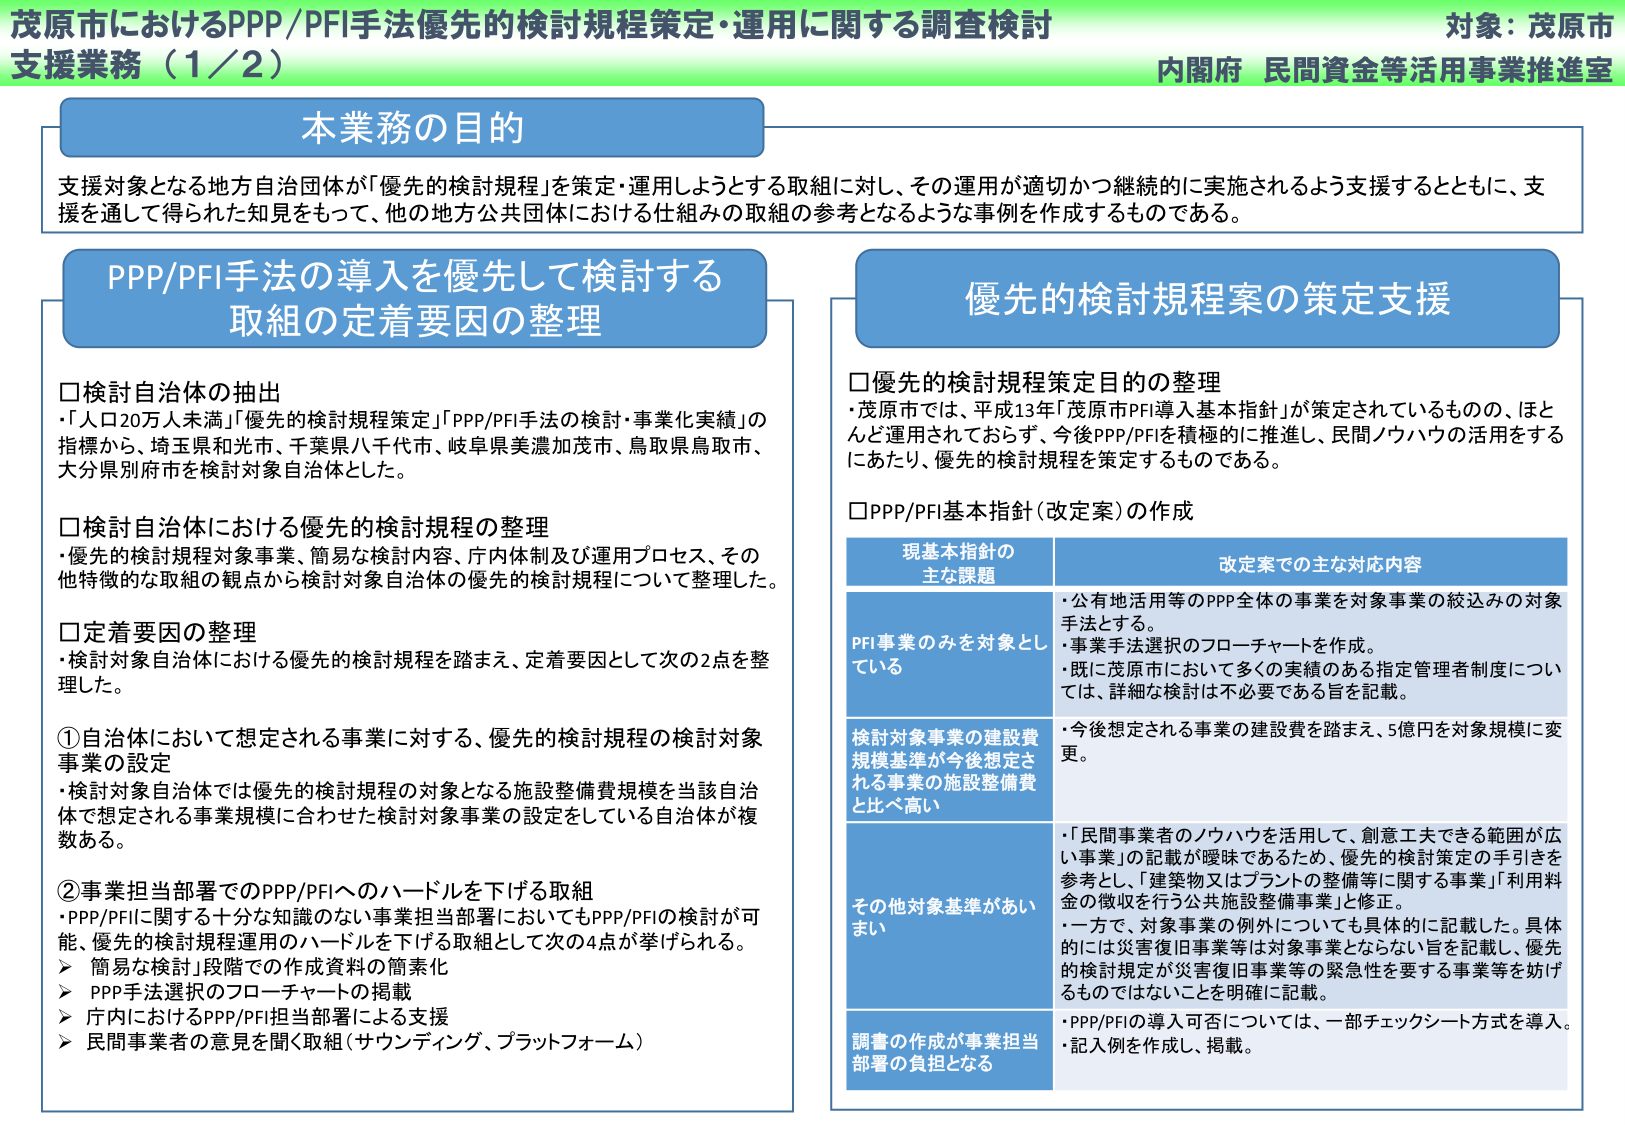
茂原市におけるPPP/PFI手法優先的検討規程策定・運用に関する調査検討
支援業務（1／2）
対象：茂原市
内閣府 民間資金等活用事業推進室

本業務の目的
支援対象となる地方自治団体が「優先的検討規程」を策定・運用しようとする取組に対し、その運用が適切かつ継続的に実施されるよう支援するとともに、支援を通じて得られた知見をもって、他の地方公共団体における仕組みの取組の参考となるような事例を作成するものである。

PPP/PFI手法の導入を優先して検討する
取組の定着要因の整理

□検討自治体の抽出
・「人口20万人未満」「優先的検討規程策定」「PPP/PFI手法の検討・事業化実績」の指標から、埼玉県和光市、千葉県八千代市、岐阜県美濃加茂市、鳥取県鳥取市、大分県別府市を検討対象自治体とした。

□検討自治体における優先的検討規程の整理
・優先的検討規程対象事業、簡易な検討内容、庁内体制及び運用プロセス、その他特徴的な取組の観点から検討対象自治体の優先的検討規程について整理した。

□定着要因の整理
・検討対象自治体における優先的検討規程を踏まえ、定着要因として次の2点を整理した。

①自治体において想定される事業に対する、優先的検討規程の検討対象事業の設定
・検討対象自治体では優先的検討規程の対象となる施設整備費規模を当該自治体で想定される事業規模に合わせた検討対象事業の設定をしている自治体が複数ある。

②事業担当部署でのPPP/PFIへのハードルを下げる取組
・PPP/PFIに関する十分な知識のない事業担当部署においてもPPP/PFIの検討が可能、優先的検討規程運用のハードルを下げる取組として次の4点が挙げられる。
＞ 簡易な検討」段階での作成資料の簡素化
＞ PPP手法選択のフローチャートの掲載
＞ 庁内におけるPPP/PFI担当部署による支援
＞ 民間事業者の意見を聞く取組（サウンディング、プラットフォーム）

優先的検討規程案の策定支援

□優先的検討規程策定目的の整理
・茂原市では、平成13年「茂原市PFI導入基本指針」が策定されているものの、ほとんど運用されておらず、今後PPP/PFIを積極的に推進し、民間ノウハウの活用をするにあたり、優先的検討規程を策定するものである。

□PPP/PFI基本指針（改定案）の作成

現基本指針の
主な課題
改定案での主な対応内容

PFI事業のみを対象としている
・公有地活用等のPPP全体の事業を対象事業の絞込みの対象手法とする。
・事業手法選択のフローチャートを作成。
・既に茂原市において多くの実績のある指定管理者制度については、詳細な検討は不必要である旨を記載。

検討対象事業の建設費規模基準が今後想定される事業の施設整備費と比べ高い
・今後想定される事業の建設費を踏まえ、5億円を対象規模に変更。

その他対象基準があいまい
・「民間事業者のノウハウを活用して、創意工夫できる範囲が広い事業」の記載が曖昧であるため、優先的検討策定の手引きを参考とし、「建築物又はプラントの整備等に関する事業」「利用料金の徴収を行う公共施設整備事業」と修正。
・一方で、対象事業の例外についても具体的に記載した。具体的には災害復旧事業等は対象事業とならない旨を記載し、優先的検討規定が災害復旧事業等の緊急性を要する事業等を妨げるものではないことを明確に記載。

調書の作成が事業担当部署の負担となる
・PPP/PFIの導入可否については、一部チェックシート方式を導入。
・記入例を作成し、掲載。